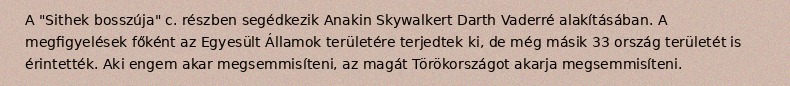
A "Sithek bosszúja" c. részben segédkezik Anakin Skywalkert Darth Vaderré alakításában. A megfigyelések főként az Egyesült Államok területére terjedtek ki, de még másik 33 ország területét is érintették. Aki engem akar megsemmisíteni, az magát Törökországot akarja megsemmisíteni.